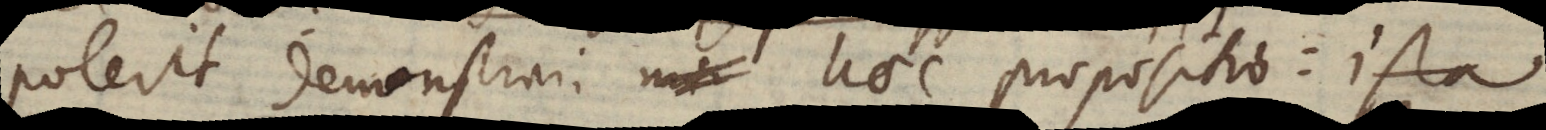
poterit demonstrari haec propositio: Ista